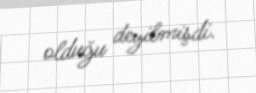
olduğu deyilmişdi.